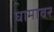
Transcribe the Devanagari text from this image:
घामावर